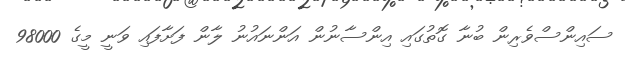
ސައިންސްވެރިން ބުނާ ގޮތުގައި އިންސާނުން އަންނައުނު ލާން ފަށާފައި ވަނީ މީގެ 98000